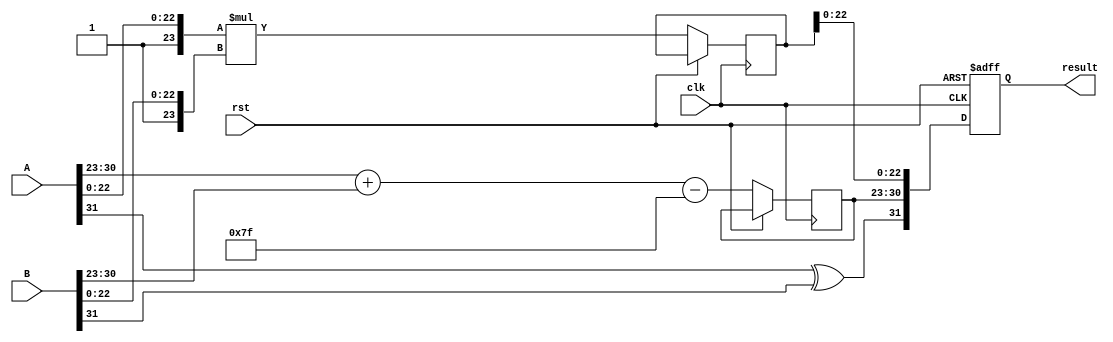
module radix4_fp_multiplier (
    input clk,
    input rst,
    input [31:0] A, // Input floating-point number A (single precision)
    input [31:0] B, // Input floating-point number B (single precision)
    output reg [31:0] result // Output floating-point result
);

    // Unpack inputs
    wire signA = A[31];
    wire signB = B[31];
    wire [7:0] expA = A[30:23];
    wire [7:0] expB = B[30:23];
    wire [22:0] mantA = A[22:0];
    wire [22:0] mantB = B[22:0];

    // Intermediate signals
    reg sign_out;
    reg [7:0] exp_out;
    reg [47:0] mant_out; // Extra bits for multiplication
    wire [47:0] prod; // Product of mantissas
    wire [7:0] exp_sum;

    // Sign handling
    always @(*) begin
        sign_out = signA ^ signB;
    end

    // Exponent calculation
    assign exp_sum = expA + expB - 8'd127; // Subtract bias

    // Mantissa handling: Normalize mantissas
    wire [23:0] norm_mantA = {1'b1, mantA}; // Add implicit leading 1
    wire [23:0] norm_mantB = {1'b1, mantB}; // Add implicit leading 1

    // Radix-4 Booth multiplication (simplified)
    wire [47:0] partial_product; // Wide enough for product
    assign partial_product = norm_mantA * norm_mantB;

    // Accumulate results
    always @(posedge clk or posedge rst) begin
        if (rst) begin
            result <= 32'b0;
        end else begin
            mant_out <= partial_product; // Output the product directly for now
            exp_out <= exp_sum; // Placeholder for final exponent
            // Normalize mant_out and adjust exp_out here if necessary
            // Note: Additional normalization and rounding logic would be needed
            // Final assembly into result
            result <= {sign_out, exp_out, mant_out[22:0]}; // Truncate mantissa
        end
    end

endmodule